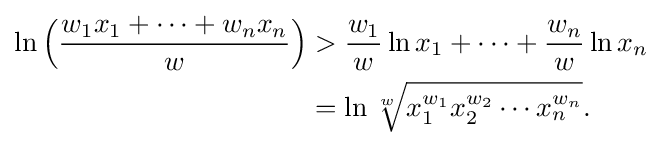
{\begin{aligned}\ln {\Bigl (}{\frac {w_{1}x_{1}+\cdots +w_{n}x_{n}}{w}}{\Bigr )}&>{\frac {w_{1}}{w}}\ln x_{1}+\cdots +{\frac {w_{n}}{w}}\ln x_{n}\\&=\ln {\sqrt[{w}]{x_{1}^{w_{1}}x_{2}^{w_{2}}\cdots x_{n}^{w_{n}}}}.\end{aligned}}